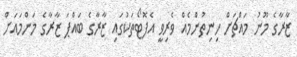
ޒާރާގެ މޫނު މައްޗަށް ހިނިތުންުމެއް ވެރިވީ އެފޮޓޯތަކުގައި ޒާރާގެ ބައްޕަ ޒާރާގެ މަންމައަށް